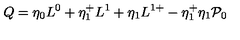
Q = \eta _ { 0 } L ^ { 0 } + \eta _ { 1 } ^ { + } L ^ { 1 } + \eta _ { 1 } L ^ { 1 + } - \eta _ { 1 } ^ { + } \eta _ { 1 } { \cal { P } } _ { 0 }